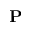
\textbf { P }